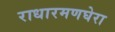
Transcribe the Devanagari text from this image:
राधारमणघेरा